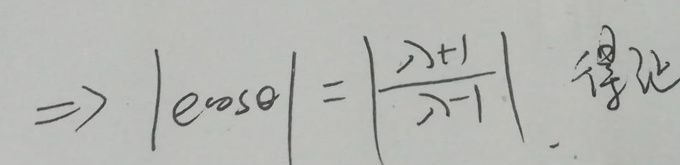
\[
\Rightarrow \left| e^{i\cos\theta} \right| = \left| \frac{z + 1}{z - 1} \right| \text{ 得证}
\]